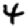
Digit: 4